Source: Handwritten
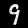
Digit: ၄ (4)